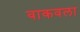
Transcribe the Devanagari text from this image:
वाकवला